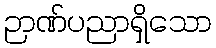
ဉာဏ်ပညာရှိသော